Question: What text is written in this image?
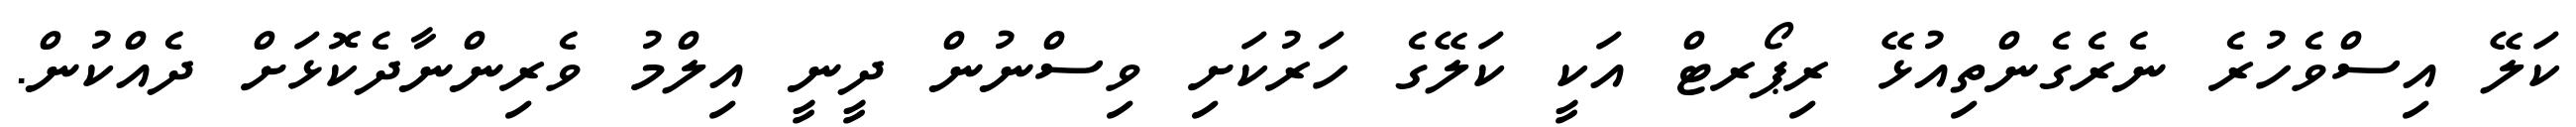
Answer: ކަލޭ އިސްވެހުރެ ނެރެގެންތިއުޅޭ ރިޕޯރޓް އަކީ ކަލޭގެ ހަރުކަށި ވިސްނުން ދީނީ އިލްމު ވެރިންނާދެކޮޅަށް ދެއްކުން.